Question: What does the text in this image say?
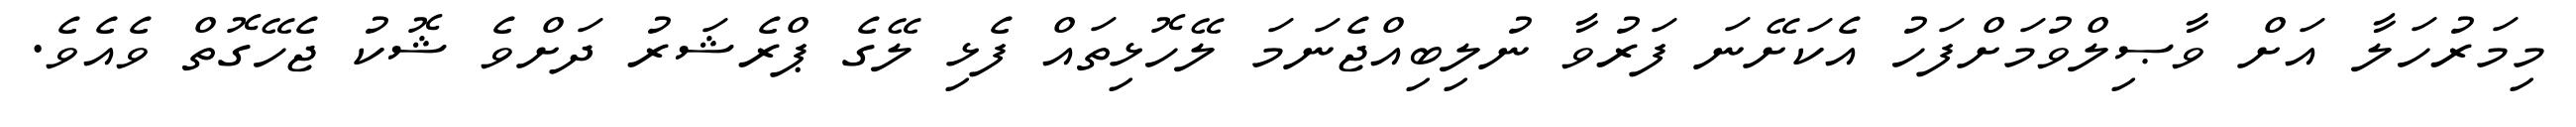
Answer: މިމަރުހަލާ އަށް ވާޞިލްވުމަށްފަހު އެކަށޭނަ ފަރުވާ ނުލިބިއްޖެނަމަ ލޭހޮޅިތައް ފެޅި ލޭގެ ޕްރެޝަރު ދަށްވެ ޝޮކު ޖެހޭގޮތް ވެއެވެ.